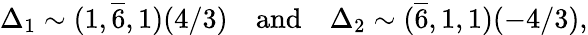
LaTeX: \Delta_{1}\sim(1,\overline{{{6}}},1)(4/3)\quad\mathrm{and}\quad\Delta_{2}\sim(\overline{{{6}}},1,1)(-4/3),